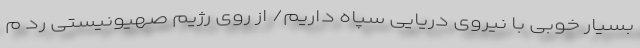
بسیار خوبی با نیروی دریایی سپاه داریم/ از روی رژیم صهیونیستی رد م